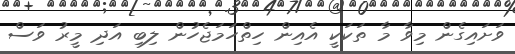
ވަށައިގެން މިވާ މާ ތަކަކީ އެއިން ހިތްހަމަޖެހުން ލިބި އަދި މީރު ވަސް